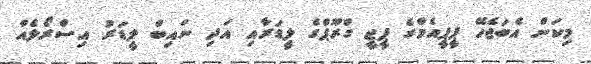
މިކަން އެބަޖެހޭ ޕީޕީއެމްގެ ޕީޖީ ގްރޫޕްގެ ލީޑަރާއި އަދި ނައިބް ލީޑަރު އިސްރޯލެއް